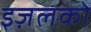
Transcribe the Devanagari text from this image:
इज़लको